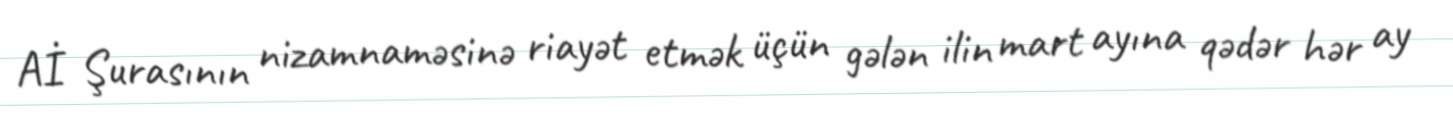
Aİ Şurasının nizamnaməsinə riayət etmək üçün gələn ilin mart ayına qədər hər ay